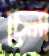
চেলা